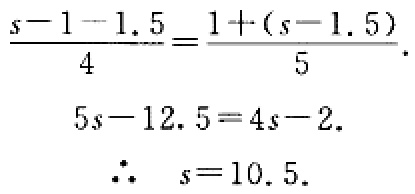
\[\frac{s - 1 - 1.5}{4}=\frac{1+(s - 1.5)}{5}.\]
\[5s - 12.5 = 4s - 2.\]
\[\therefore\quad s = 10.5.\]